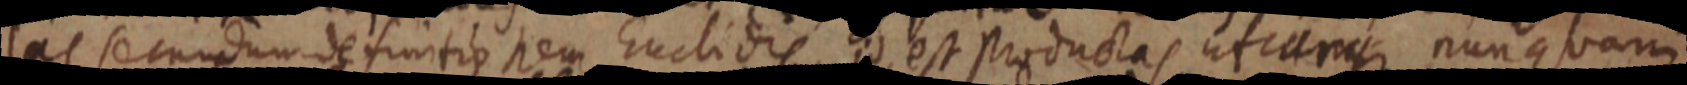
las secundum definitio rem Euclidis, id est productas utraque nunquam